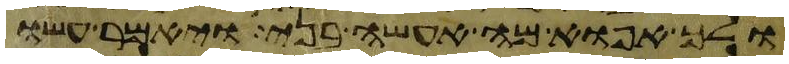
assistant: ולך אפוא מה אעשה בני ויאמר עשו